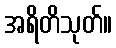
အရိတိသုတ်။